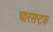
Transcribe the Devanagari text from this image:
चारसप्टक